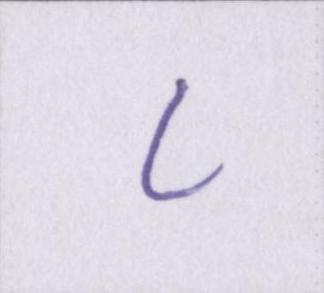
८